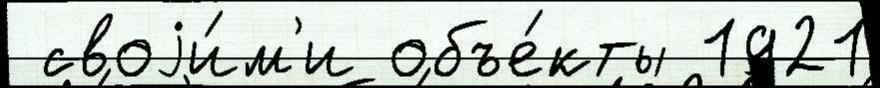
 своjи́м'и объе́кты 1921